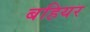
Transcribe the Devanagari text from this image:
बहियर